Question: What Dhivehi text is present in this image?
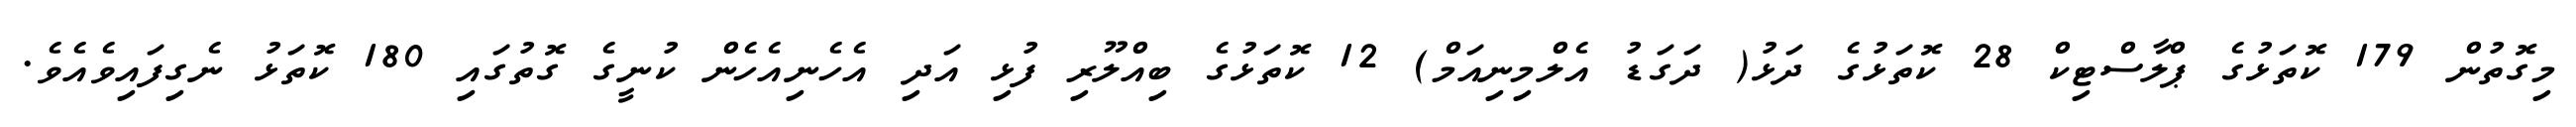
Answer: މިގޮތުން 179 ކޮތަޅުގެ ޕްލާސްޓިކް 28 ކޮތަޅުގެ ދަޅު( ދަގަޑު އެލްމިނިއަމް) 12 ކޮތަޅުގެ ބިއްލޫރި ފުޅި އަދި އެހެނިއެހެން ކުނީގެ ގޮތުގައި 180 ކޮތަޅު ނެގިފައިވެއެވެ.